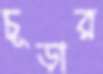
চূড়ার